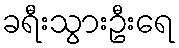
ခရီးသွားဦးရေ